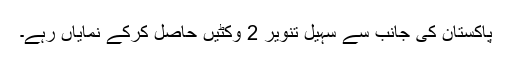
پاکستان کی جانب سے سہیل تنویر 2 وکٹیں حاصل کرکے نمایاں رہے۔